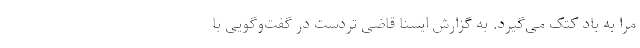
مرا به باد کتک می‌گیرد. به گزارش ایسنا قاضی تردست در گفت‌وگویی با